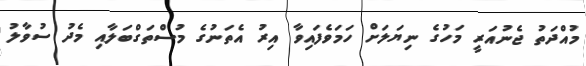
މުއްދަތު ޖެނުއަރީ މަހުގެ ނިޔަލަށް ހަމަވެފައިވާ އިރު އެތަނުގެ މުސްތަގްބަލާއި މެދު ސުވާލު